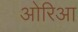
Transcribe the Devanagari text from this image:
ओरिआ